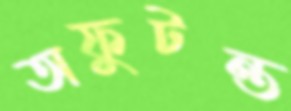
অফুটন্ত